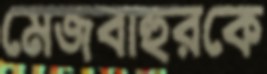
মেজবাহুরকে